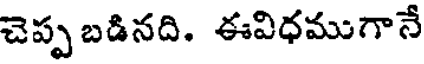
చెప్ప బడినది. ఈవిధముగానే